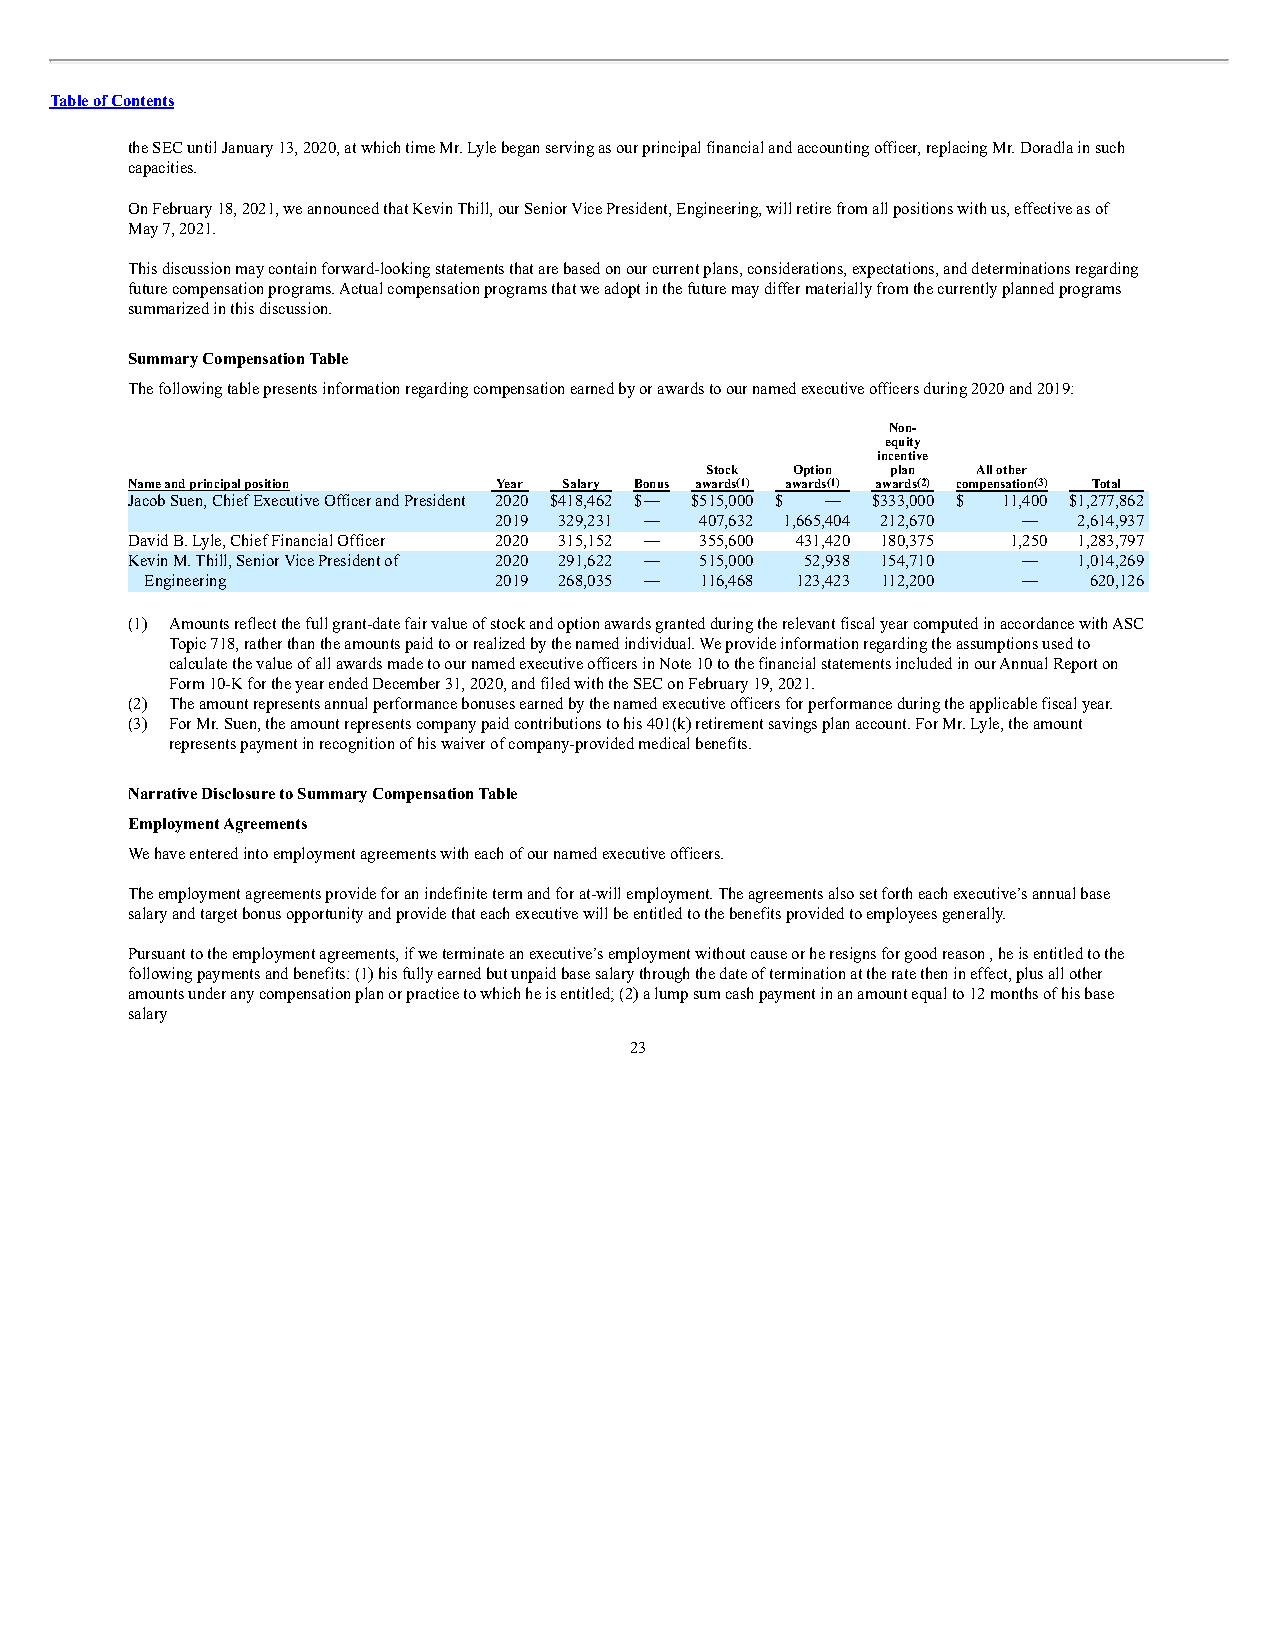
Table of Contents
 the SEC until January 13, 2020, at which time Mr. Lyle began serving as our principal financial and accounting officer, replacing Mr. Doradla in such
 capacities.
 On February 18, 2021, we announced that Kevin Thill, our Senior Vice President, Engineering, will retire from all positions with us, effective as of
 May 7, 2021.
 This discussion may contain forward-looking statements that are based on our current plans, considerations, expectations, and determinations regarding
 future compensation programs. Actual compensation programs that we adopt in the future may differ materially from the currently planned programs
 summarized in this discussion.
 Summary Compensation Table
 The following table presents information regarding compensation earned by or awards to our named executive officers during 2020 and 2019:
 Non-
 equity
 incentive
 Stock Option plan All other
 Name and principal position Year Salary Bonus awards(1) awards(1) awards(2) compensation(3) Total
 Jacob Suen, Chief Executive Officer and President 2020 $418,462 $— $515,000 $ — $333,000 $ 11,400 $1,277,862
 2019 329,231 — 407,632 1,665,404 212,670 — 2,614,937
 David B. Lyle, Chief Financial Officer 2020 315,152 — 355,600 431,420 180,375 1,250 1,283,797
 Kevin M. Thill, Senior Vice President of 2020 291,622 — 515,000 52,938 154,710 — 1,014,269
 Engineering            2019 268,035 — 116,468 123,423 112,200 — 620,126
 (1) Amounts reflect the full grant-date fair value of stock and option awards granted during the relevant fiscal year computed in accordance with ASC
 Topic 718, rather than the amounts paid to or realized by the named individual. We provide information regarding the assumptions used to
 calculate the value of all awards made to our named executive officers in Note 10 to the financial statements included in our Annual Report on
 Form 10-K for the year ended December 31, 2020, and filed with the SEC on February 19, 2021.
 (2) The amount represents annual performance bonuses earned by the named executive officers for performance during the applicable fiscal year.
 (3) For Mr. Suen, the amount represents company paid contributions to his 401(k) retirement savings plan account. For Mr. Lyle, the amount
 represents payment in recognition of his waiver of company-provided medical benefits.
 Narrative Disclosure to Summary Compensation Table
 Employment Agreements
 We have entered into employment agreements with each of our named executive officers.
 The employment agreements provide for an indefinite term and for at-will employment. The agreements also set forth each executive’s annual base
 salary and target bonus opportunity and provide that each executive will be entitled to the benefits provided to employees generally.
 Pursuant to the employment agreements, if we terminate an executive’s employment without cause or he resigns for good reason , he is entitled to the
 following payments and benefits: (1) his fully earned but unpaid base salary through the date of termination at the rate then in effect, plus all other
 amounts under any compensation plan or practice to which he is entitled; (2) a lump sum cash payment in an amount equal to 12 months of his base
 salary
 23